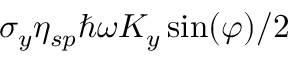
\sigma _ { y } \eta _ { s p } \hbar \omega K _ { y } \sin ( \varphi ) / 2